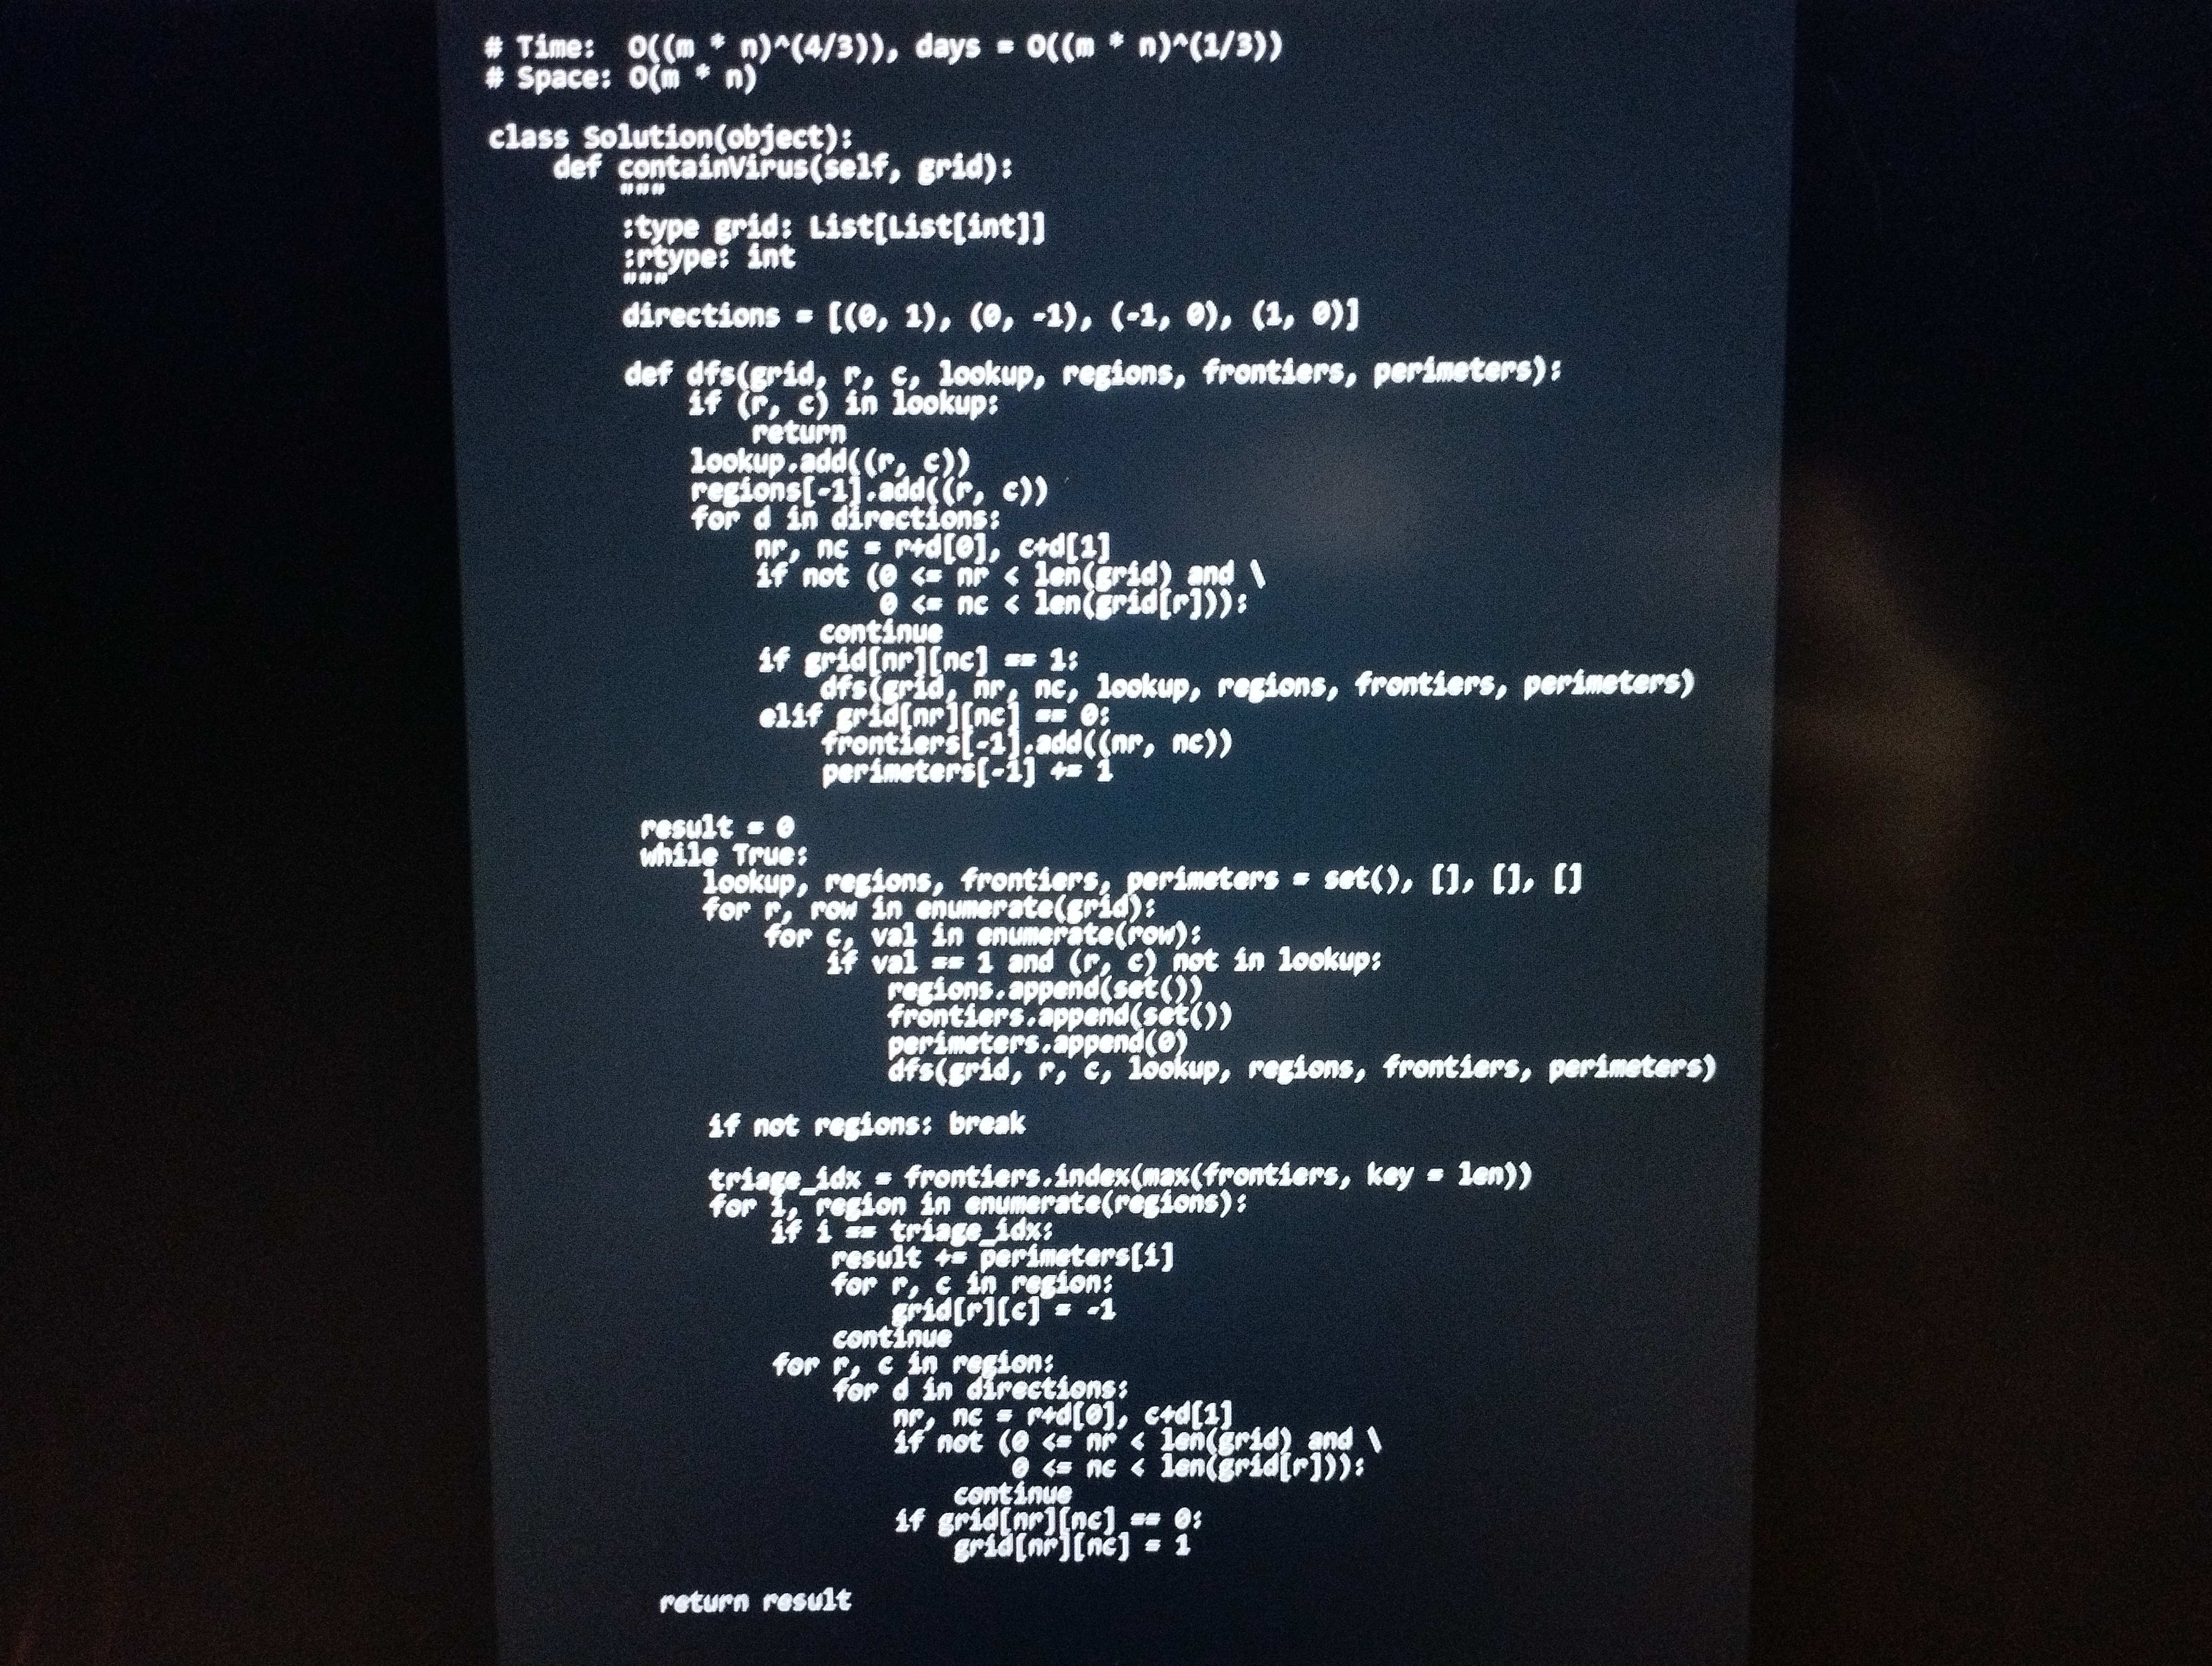
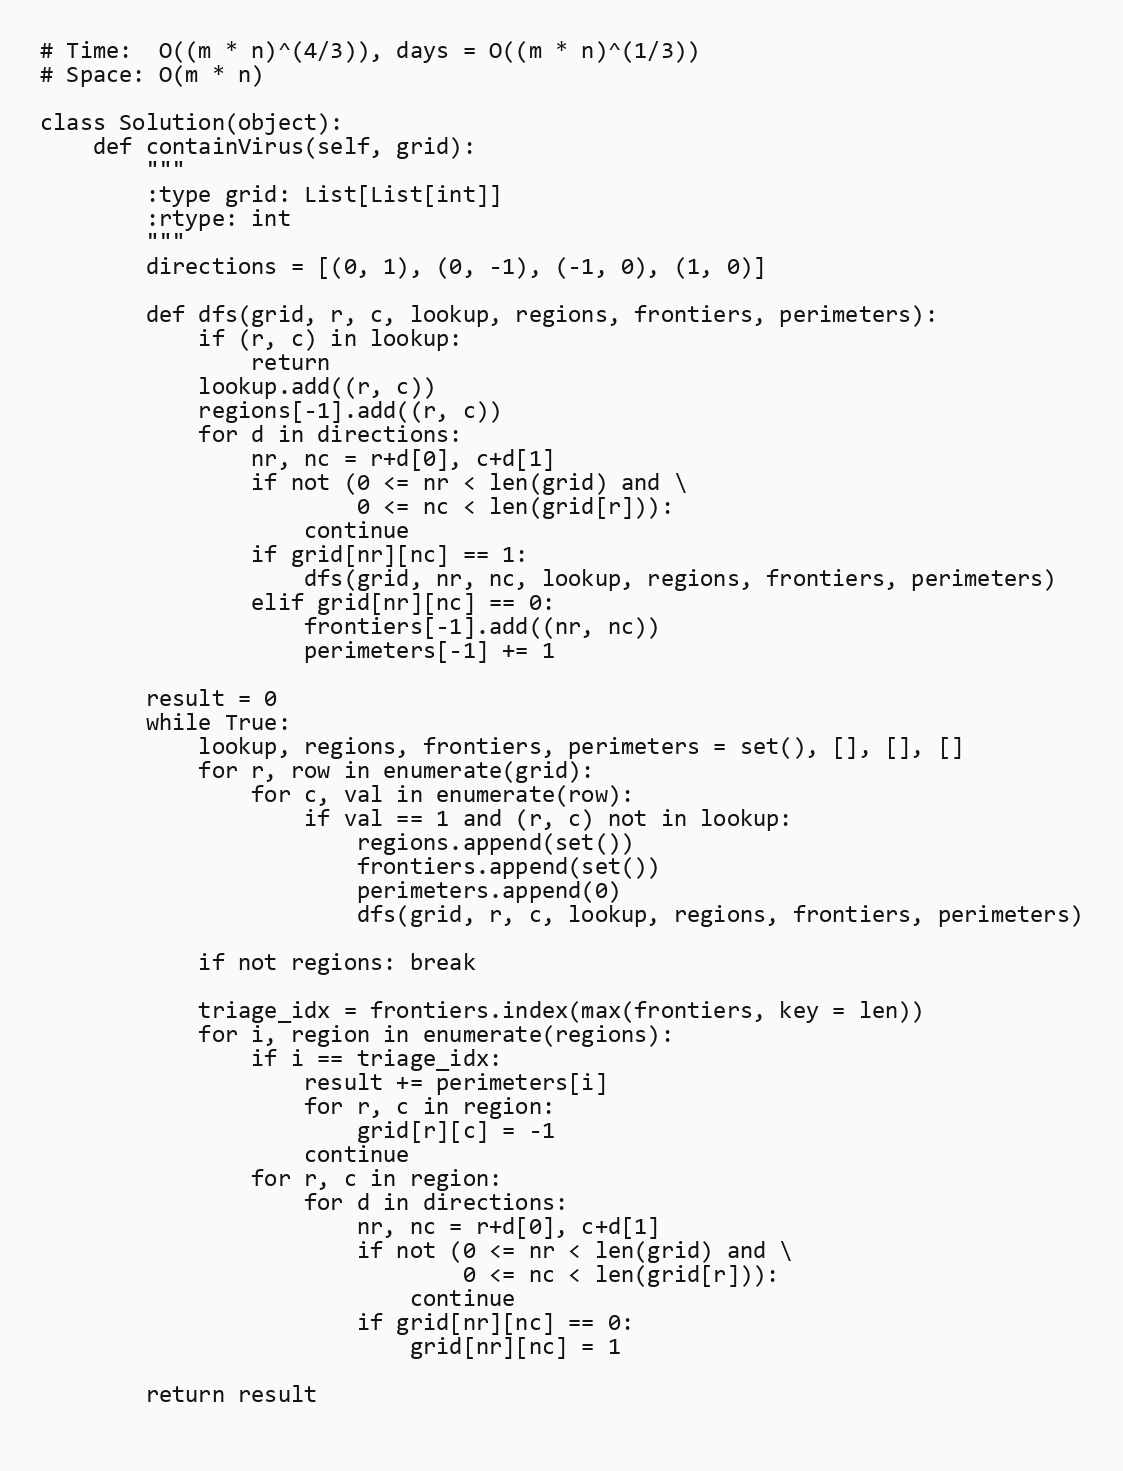
# Time:  O((m * n)^(4/3)), days = O((m * n)^(1/3))
# Space: O(m * n)

class Solution(object):
    def containVirus(self, grid):
        """
        :type grid: List[List[int]]
        :rtype: int
        """
        directions = [(0, 1), (0, -1), (-1, 0), (1, 0)]

        def dfs(grid, r, c, lookup, regions, frontiers, perimeters):
            if (r, c) in lookup:
                return
            lookup.add((r, c))
            regions[-1].add((r, c))
            for d in directions:
                nr, nc = r+d[0], c+d[1]
                if not (0 <= nr < len(grid) and \
                        0 <= nc < len(grid[r])):
                    continue
                if grid[nr][nc] == 1:
                    dfs(grid, nr, nc, lookup, regions, frontiers, perimeters)
                elif grid[nr][nc] == 0:
                    frontiers[-1].add((nr, nc))
                    perimeters[-1] += 1

        result = 0
        while True:
            lookup, regions, frontiers, perimeters = set(), [], [], []
            for r, row in enumerate(grid):
                for c, val in enumerate(row):
                    if val == 1 and (r, c) not in lookup:
                        regions.append(set())
                        frontiers.append(set())
                        perimeters.append(0)
                        dfs(grid, r, c, lookup, regions, frontiers, perimeters)

            if not regions: break

            triage_idx = frontiers.index(max(frontiers, key = len))
            for i, region in enumerate(regions):
                if i == triage_idx:
                    result += perimeters[i]
                    for r, c in region:
                        grid[r][c] = -1
                    continue
                for r, c in region:
                    for d in directions:
                        nr, nc = r+d[0], c+d[1]
                        if not (0 <= nr < len(grid) and \
                                0 <= nc < len(grid[r])):
                            continue
                        if grid[nr][nc] == 0:
                            grid[nr][nc] = 1

        return result